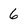
Character: 6